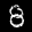
Label: 8